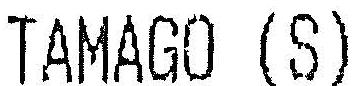
TAMAGO (S)